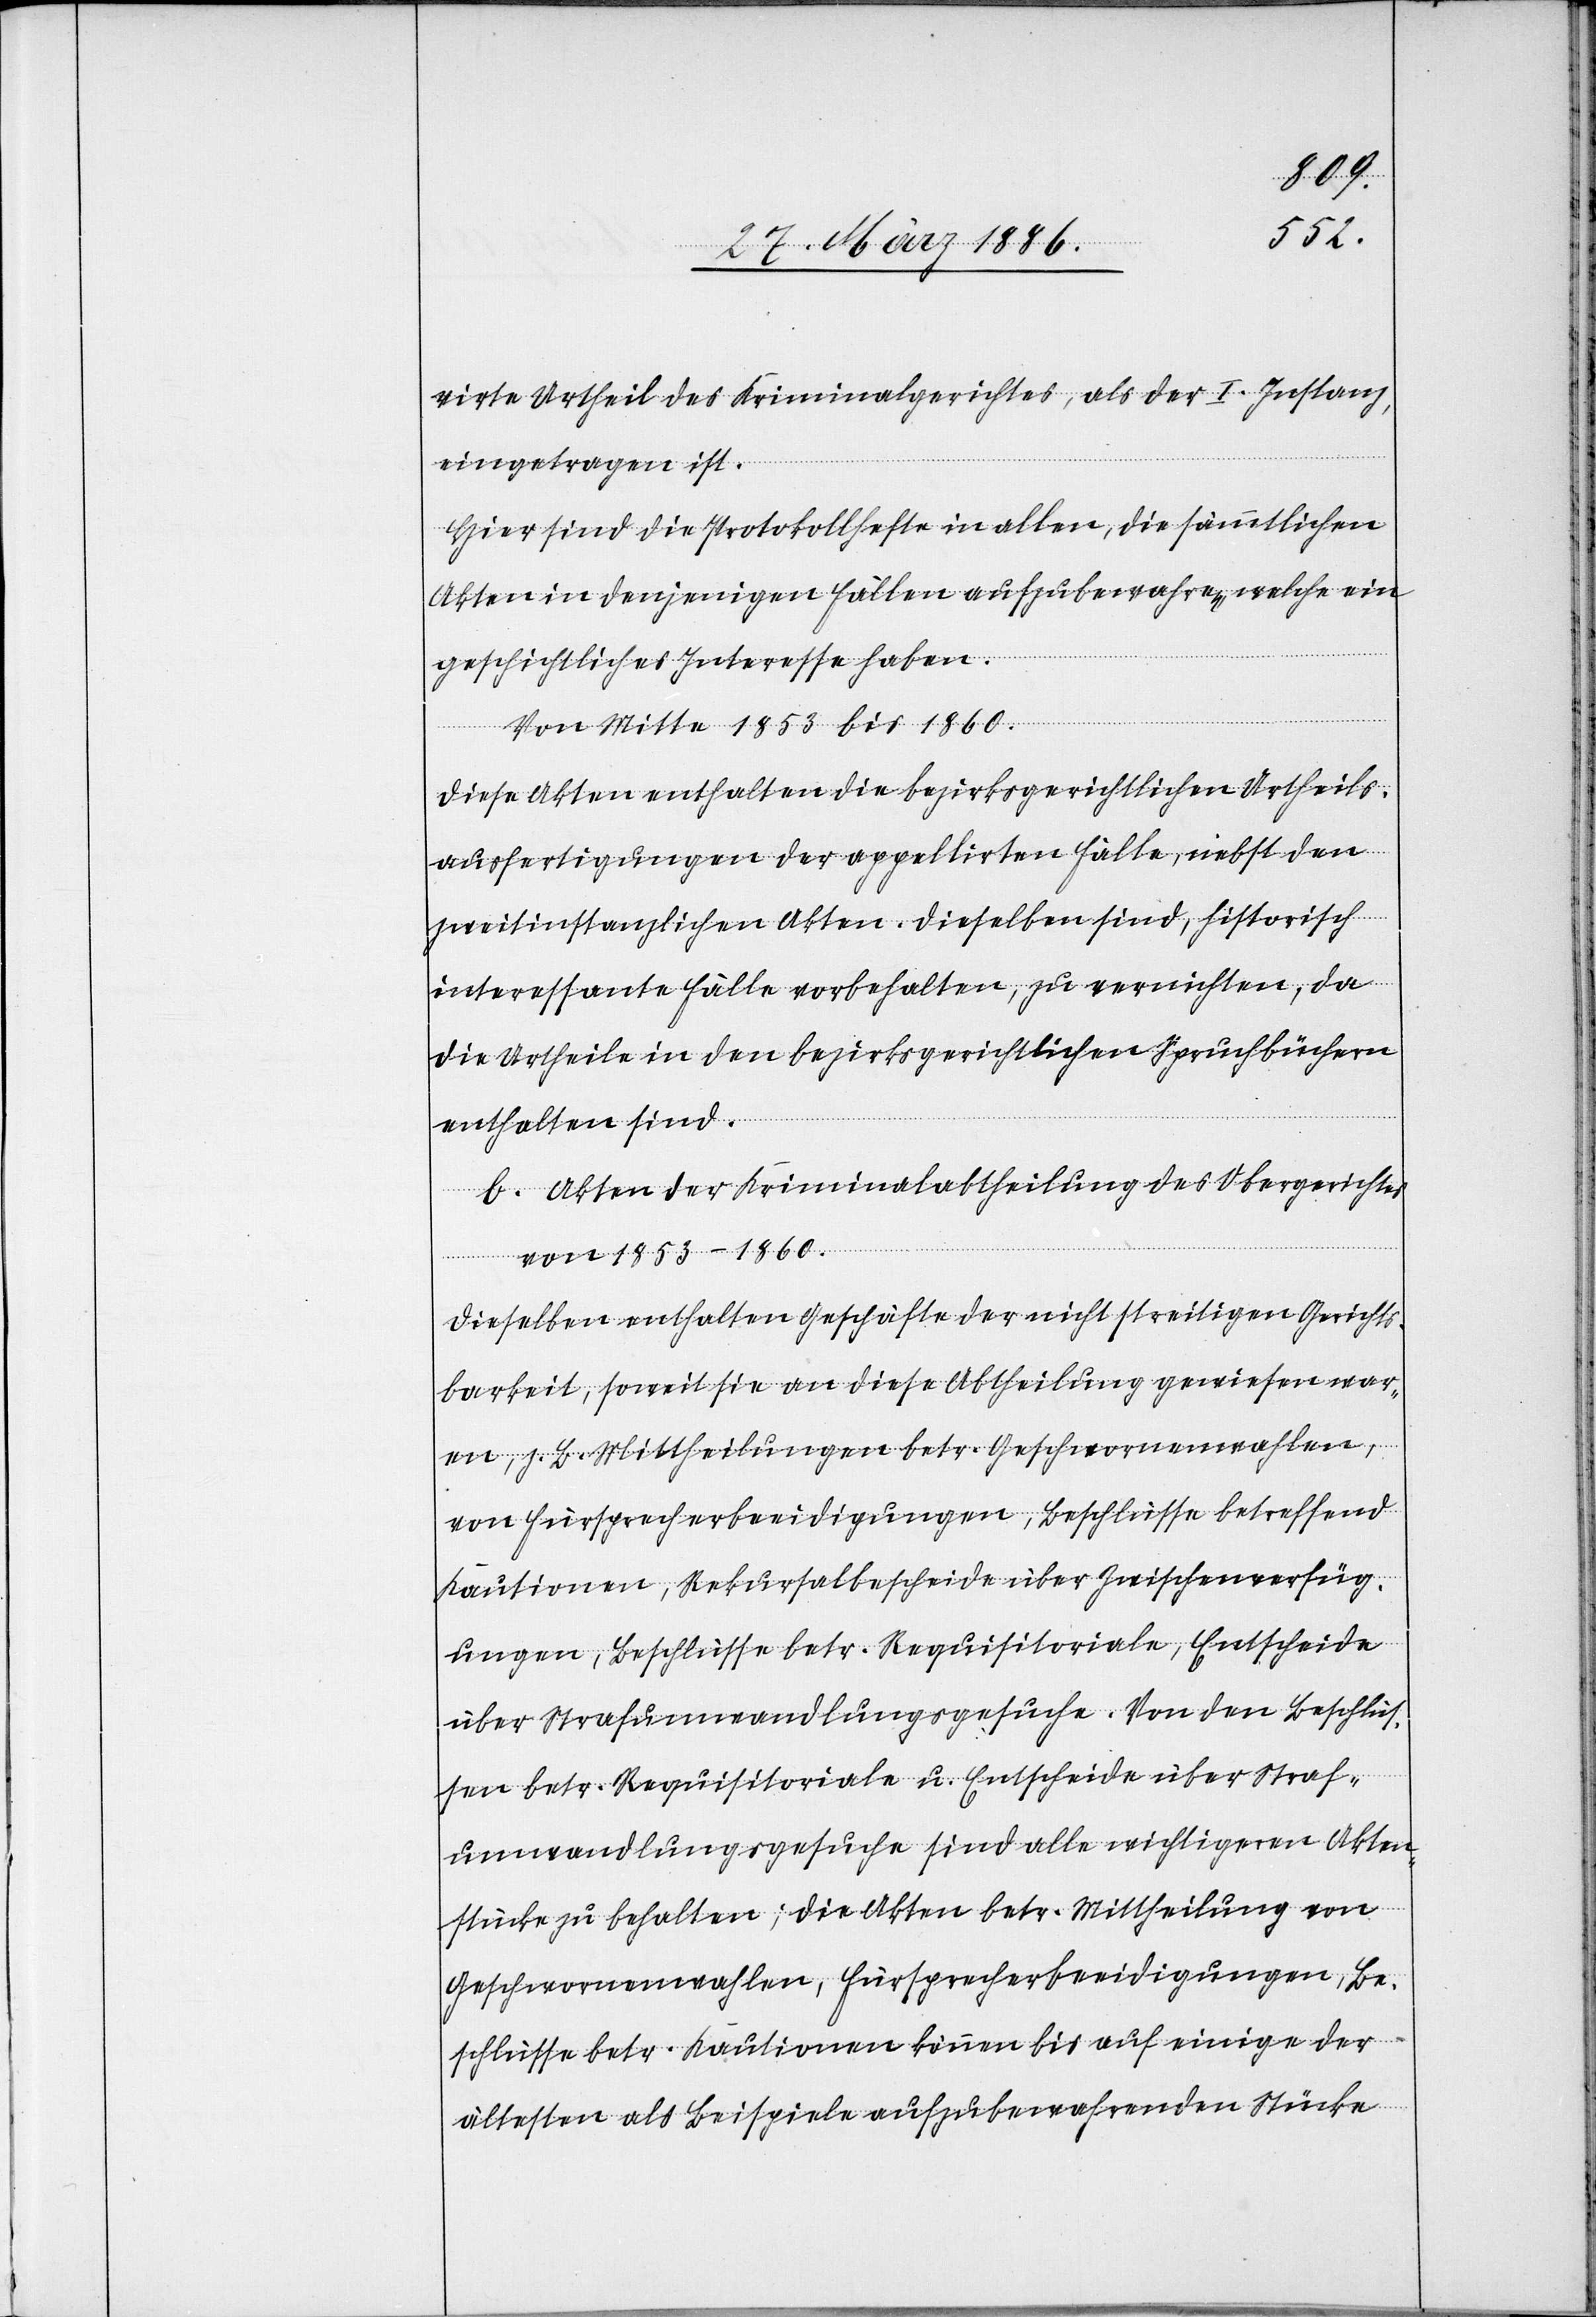
virte Urtheil des Kriminalgerichtes, als der I. Instanz,
eingetragen ist.
Hier sind die Protokollhefte in allen, die sämmtlichen
Akten in denjenigen Fällen aufzubewahren, welche ein
geschichtliches Interesse haben.
Von Mitte 1853 bis 1860.
Diese Akten enthalten die bezirksgerichtliche Urtheils¬
ausfertigungen der appellirten Fälle, nebst den
zweitinstanzlichen Akten. Dieselben sind, historisch
interessante Fälle vorbehalten, zu vernichten, da
die Urtheile in den bezirksgerichtlichen Spruchbüchern
enthalten sind.
b. Akten der Kriminalabtheilung des Obergerichtes
von 1853–1860.
Dieselben enthalten Geschäfte der nicht streitigen Gerichts¬
barkeit, soweit sie an diese Abtheilung gewiesen war¬
en, z. B. Mittheilungen betr. Geschwornenwahlen,
von Fürsprecherbeeidigungen, Beschlüsse betreffend
Kautionen, Rekursalbescheide über Zwischenverfüg¬
ungen, Beschlüsse betr. Requisitoriale, Entscheide
über Strafumwandlungsgesuche. Von den Beschlüs¬
sen betr. Requisitoriale u. Entscheide über Straf¬
umwandlungsgesuche sind alle wichtigeren Akten¬
stücke zu behalten; die Akten betr. Mittheilung von
Geschwornenwahlen, Fürsprechbeeidigungen, Be¬
schlüsse betr. Kautionen können bis auf einige der
ältesten als Beispiele aufzubewahrenden Stücke